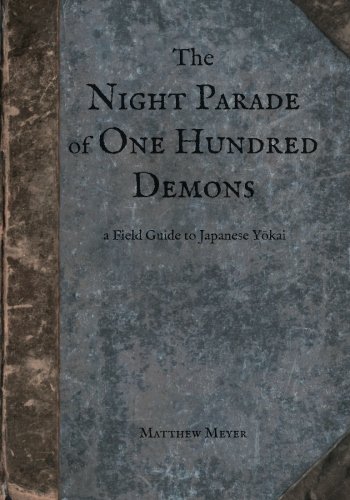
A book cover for The Night Parade of One Hundred Demons: A Field Guide to Japanese Yokai; Matthew Meyer; Literature & Fiction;